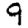
Digit: 9